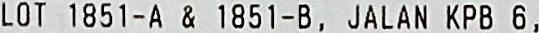
LOT 1851-A & 1851-B, JALAN KPB 6,